Vaccination in the Punjab 1883-1896 - 1883-1896
Year: 1883
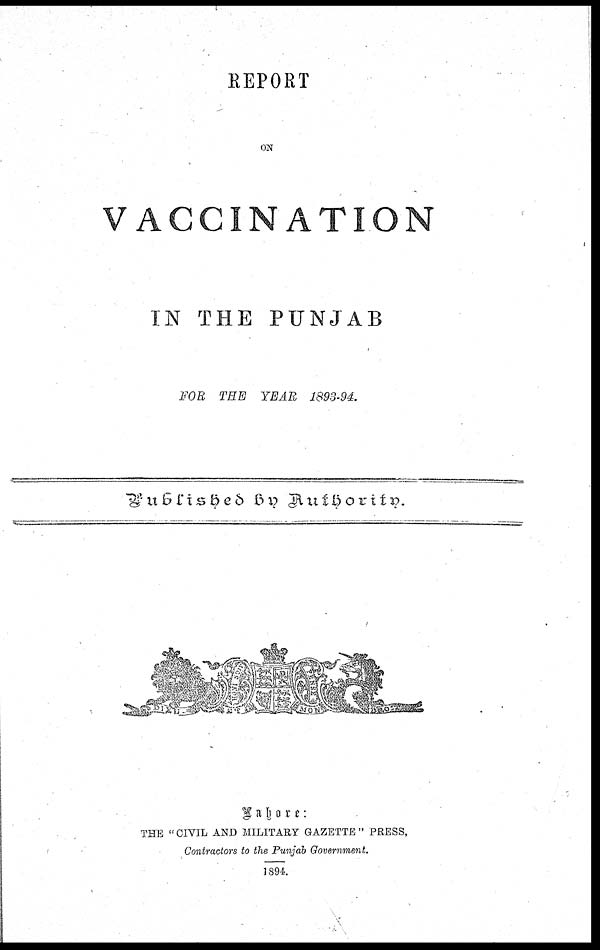
REPORT
ON
VACCINATION
IN THE PUNJAB
FOR THE YEAR 1893-94.
Published
by
Authority.
THE " CIVIL AND MILITARY GAZETTE " PRESS,
Contractors to the Punjab Government.
1894.